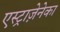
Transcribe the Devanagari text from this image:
एस्ट्राज़ेनेका